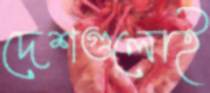
দেশগুলোই